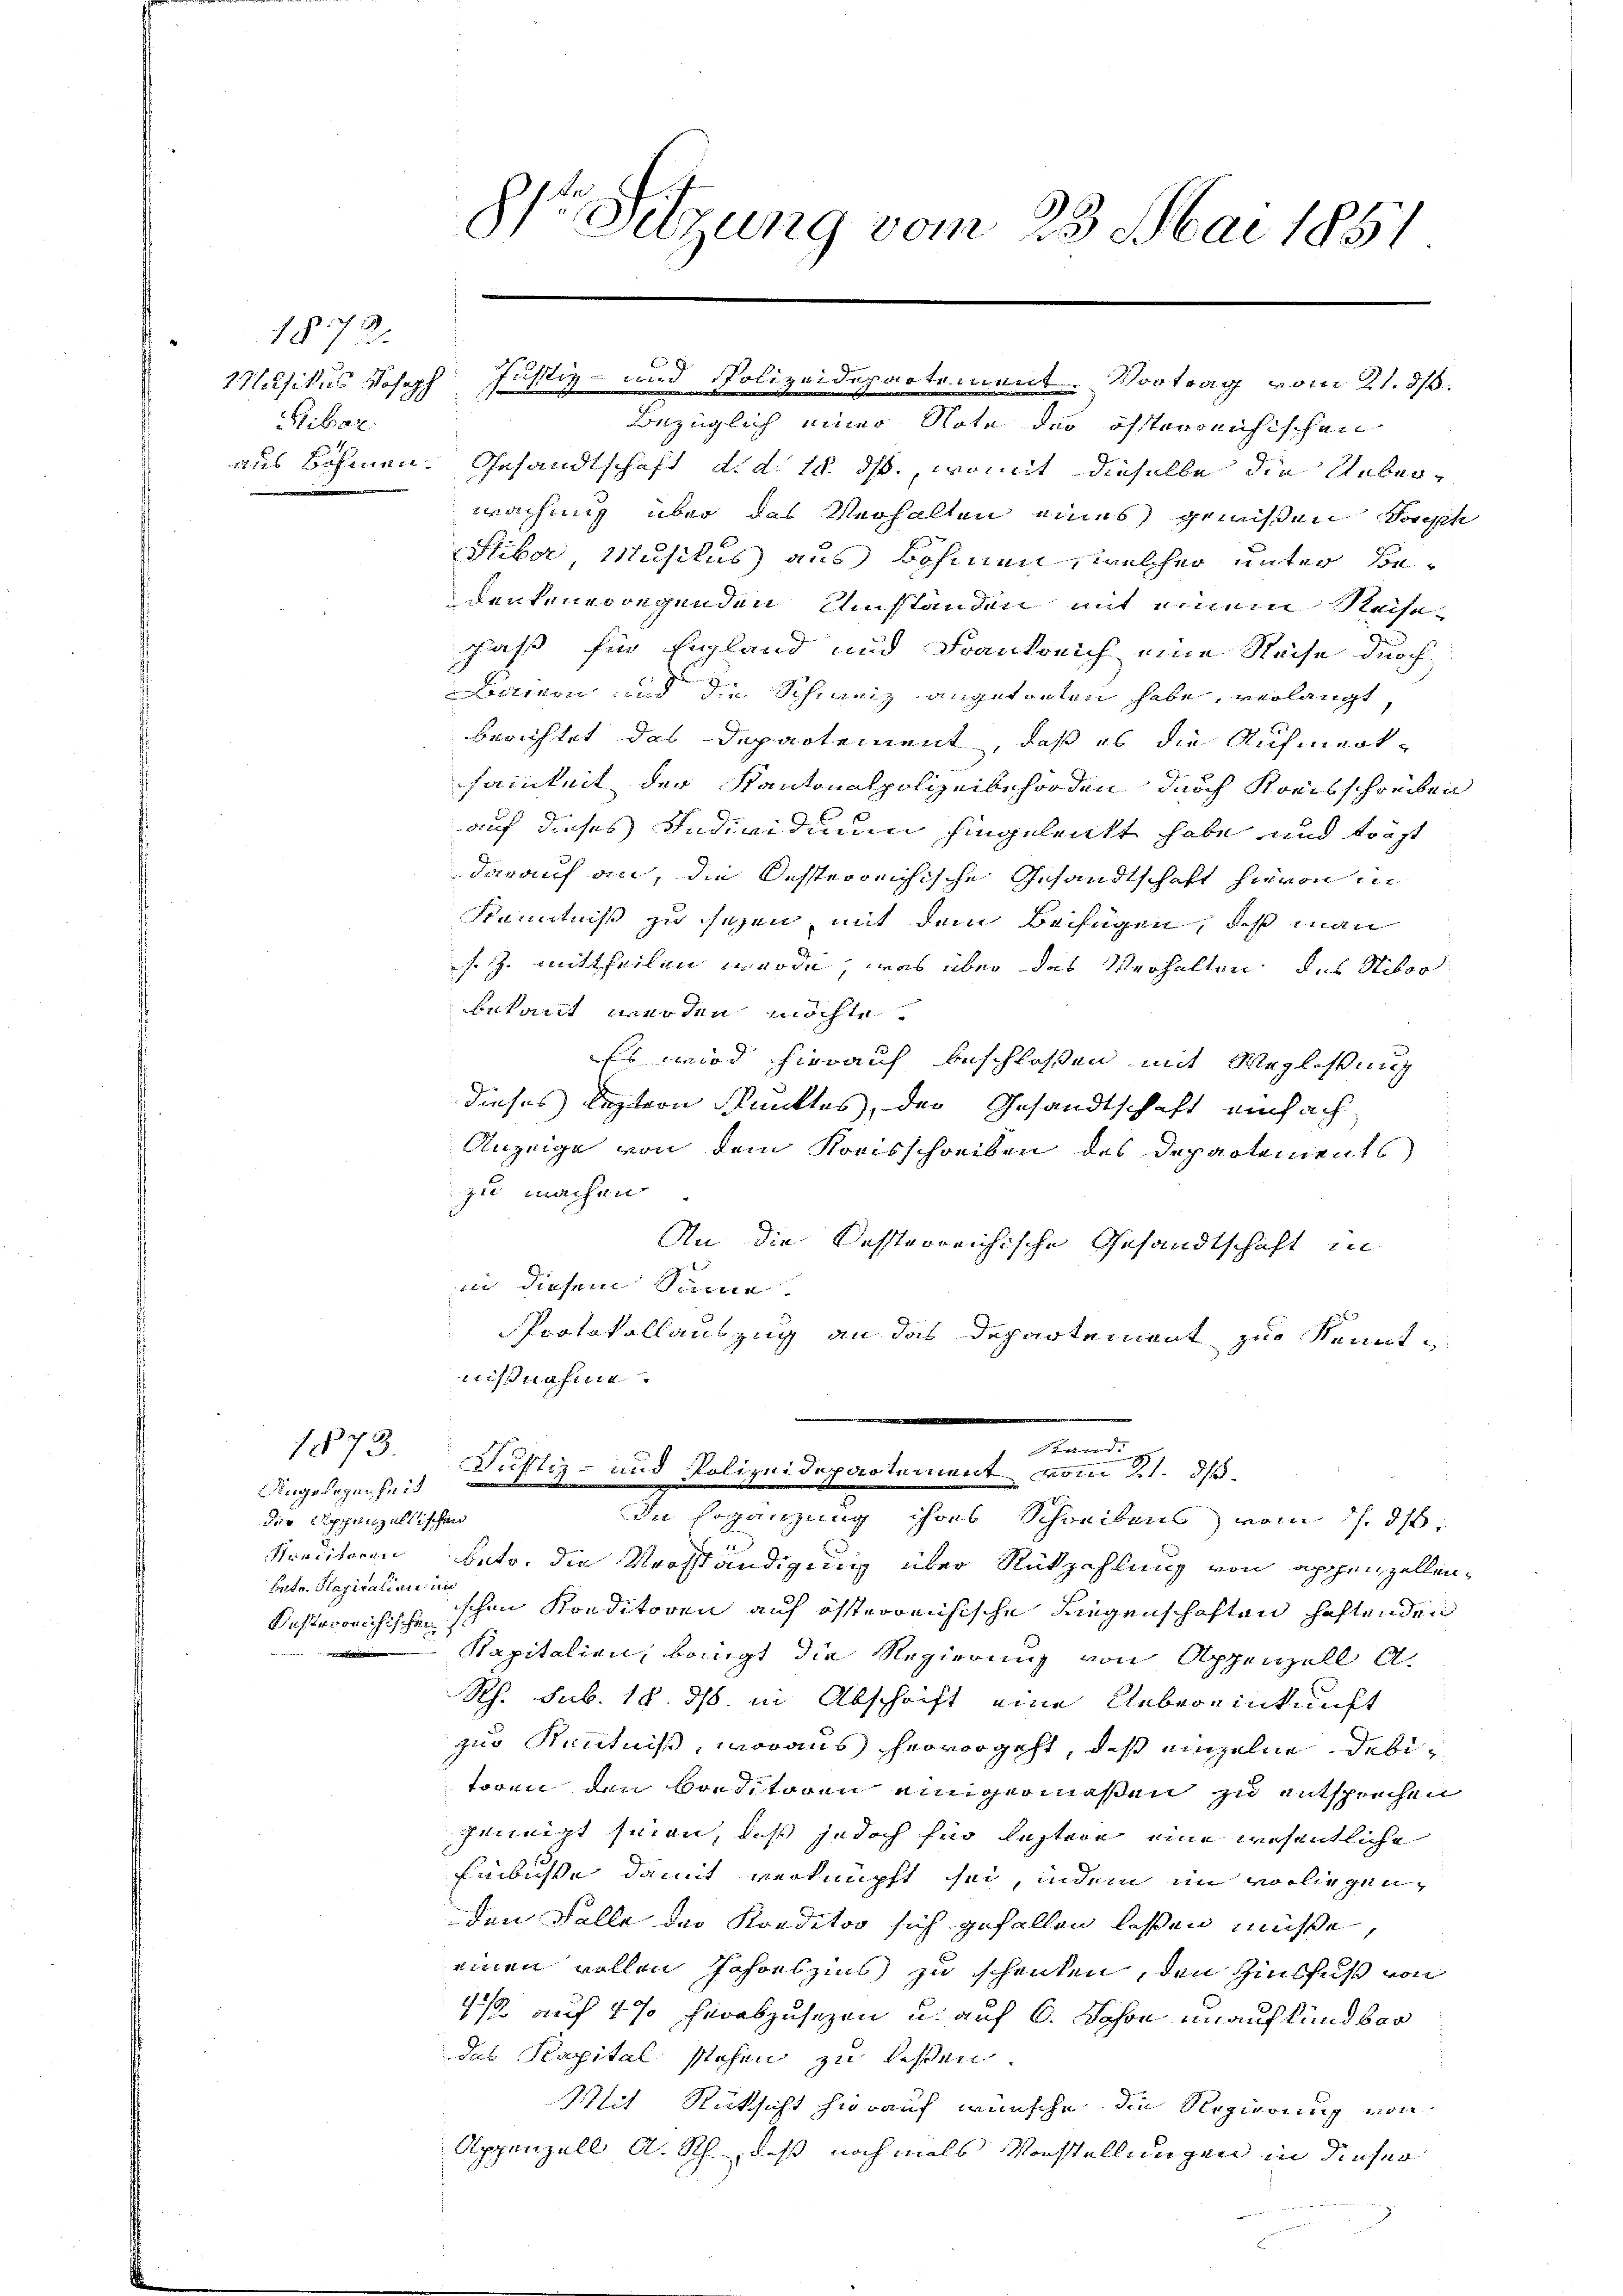
1872.
Pibar.

Angelegenheit
der Appenzellischen
Hraditoren
betr. Kapitalien in
g

1873.

8te Sitzung vom 23. Mai 1851

Bezüglich einer Note der öffterreichischen
aus Böhmen. Gesandtschaft d. d. 18. ds., womit dieselbe die Ueberwachung über das Verhalten eines gewißen Sach
Stiber Musikus aus Böhmen, welcher unter Bedenkenergegenden Umständen mit einem Reisepaß für England und Frankreich eine Reise durch
Liction und die Schweiz angetreten habe, verlangt,
berichtet das Departement, daß es die Aufmerksamkeit der Kantonalpolizeibehörden durch Kreisschreiben
auf dieses Individium hingelenkt habe und trägt
darauf an, die Oesterreichische Gesandtschaft hievon in
Kenntniß zu sezen, mit dem Beifügen, daß man
sz mittheilen werde, was über das Verhalten des Nikor
bekannt werden möchte.
Es wird hierauf beschlossen mit Weglasung
dieses leztern Punktes, der Gesandtschaft einfach
Anzeige von dem Kreisschreiben des Departements
zu machen
An die dessterreichische Gesandtschaft in
in diesem Summe.
Protokollauszug an das Departement zur Kennt
nisnahme.
A

Wilsikus Joseph Justiz- und Polizeidepartement. Vortrag vom 21. ds.

Stand:
Justiz- und Polizeidepartement vom 21. ds.
In soganzung ihres Schreibens vom 17. ds.

betr. die Verständigung über Rückzahlung von appenzellen¬
Kosterreichischeischen Konditoren auf österreichische Liegenschaften haftenden
Kapitalien, beringt die Regierung von Appenzell A.
Rh. sub. 18. ds. in Abschrift eine Uebereinkunft
zur Kenntniß, woraus hervorgeht, daß einzelne debitoren den Breditoren einigermaßen zu entsprechen
feinigt seien, daß jedoch für leztere eine wesentliche
Einbusse damit verknüpft sei, indem im vorliegenden Falle der Konditor sich gefallen lassen müße,
einen wollen Jahreszins zu schenken, den Zinsfuß von
4/2 auf 4 % herabzusezen u. auf 6. Johan unaufkündbar
das Kapital stehen zu lesen.
Mit Rücksicht hierauf wünsche die Regierung von
Appenzell A. Sch., daß nochmals Vorstellungen in dieser